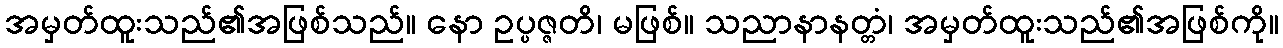
အမှတ်ထူးသည်၏အဖြစ်သည်။ နော ဥပ္ပဇ္ဇတိ၊ မဖြစ်။ သညာနာနတ္တံ၊ အမှတ်ထူးသည်၏အဖြစ်ကို။